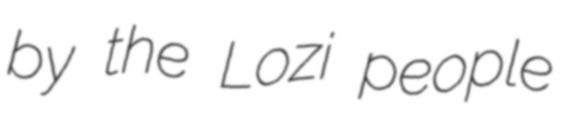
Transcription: by the Lozi people